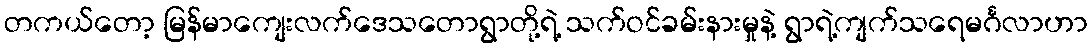
တကယ်တော့ မြန်မာကျေးလက်ဒေသတောရွာတို့ရဲ့ သက်ဝင်ခမ်းနားမှုနဲ့ ရွာရဲ့ကျက်သရေမင်္ဂလာဟာ